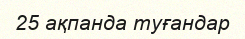
25 ақпанда туғандар